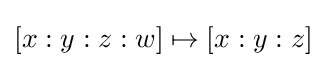
[x:y:z:w]\mapsto [x:y:z]